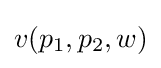
v(p_{1},p_{2},w)